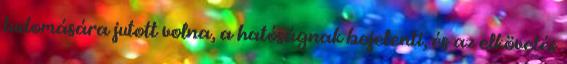
tudomására jutott volna, a hatóságnak bejelenti, és az elkövetés